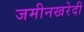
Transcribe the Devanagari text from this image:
जमीनखरेदी